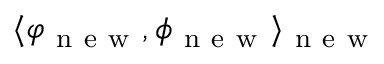
\langle \varphi _ { \mathrm { ~ n ~ e ~ w ~ } } , \phi _ { \mathrm { ~ n ~ e ~ w ~ } } \rangle _ { \mathrm { ~ n ~ e ~ w ~ } }